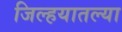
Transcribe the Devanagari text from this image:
जिल्हयातल्या